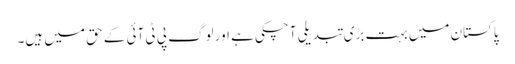
پاکستان میں بہت بڑی تبدیلی آچکی ہے اور لوگ پی ٹی آئی کے حق میں ہیں۔